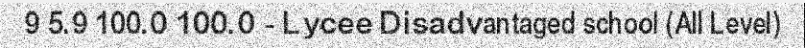
9 5.9 100.0 100.0 - Lycee Disadvantaged school (All Level)